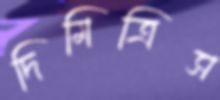
দিমিত্রিস